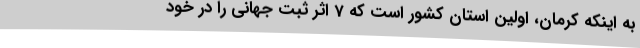
به اینکه کرمان، اولین استان کشور است که 7 اثر ثبت جهانی را در خود